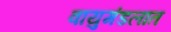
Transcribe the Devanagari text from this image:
वायुमंडलात